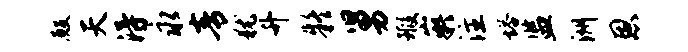
殿天得永青犹升疑舅瑕嶷注塔监洲恩